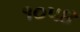
૧૦૫૪